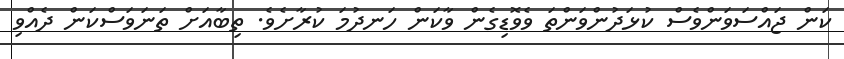
ކަން ޖައްސަވަންވެސް ކުޅަދުންވަންތަ ވެވޮޑިގެން ވާކަން ހަނދުމަ ކުރާށެވެ. ތިބާއަށް ތަނަވަސްކަން ދެއްވި